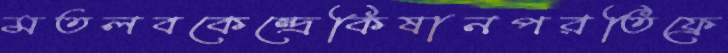
মতলবকেন্দ্রেকিষানপরতিফ্রে